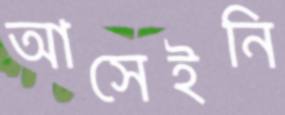
আসেইনি